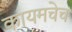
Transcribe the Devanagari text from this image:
कायमचेच